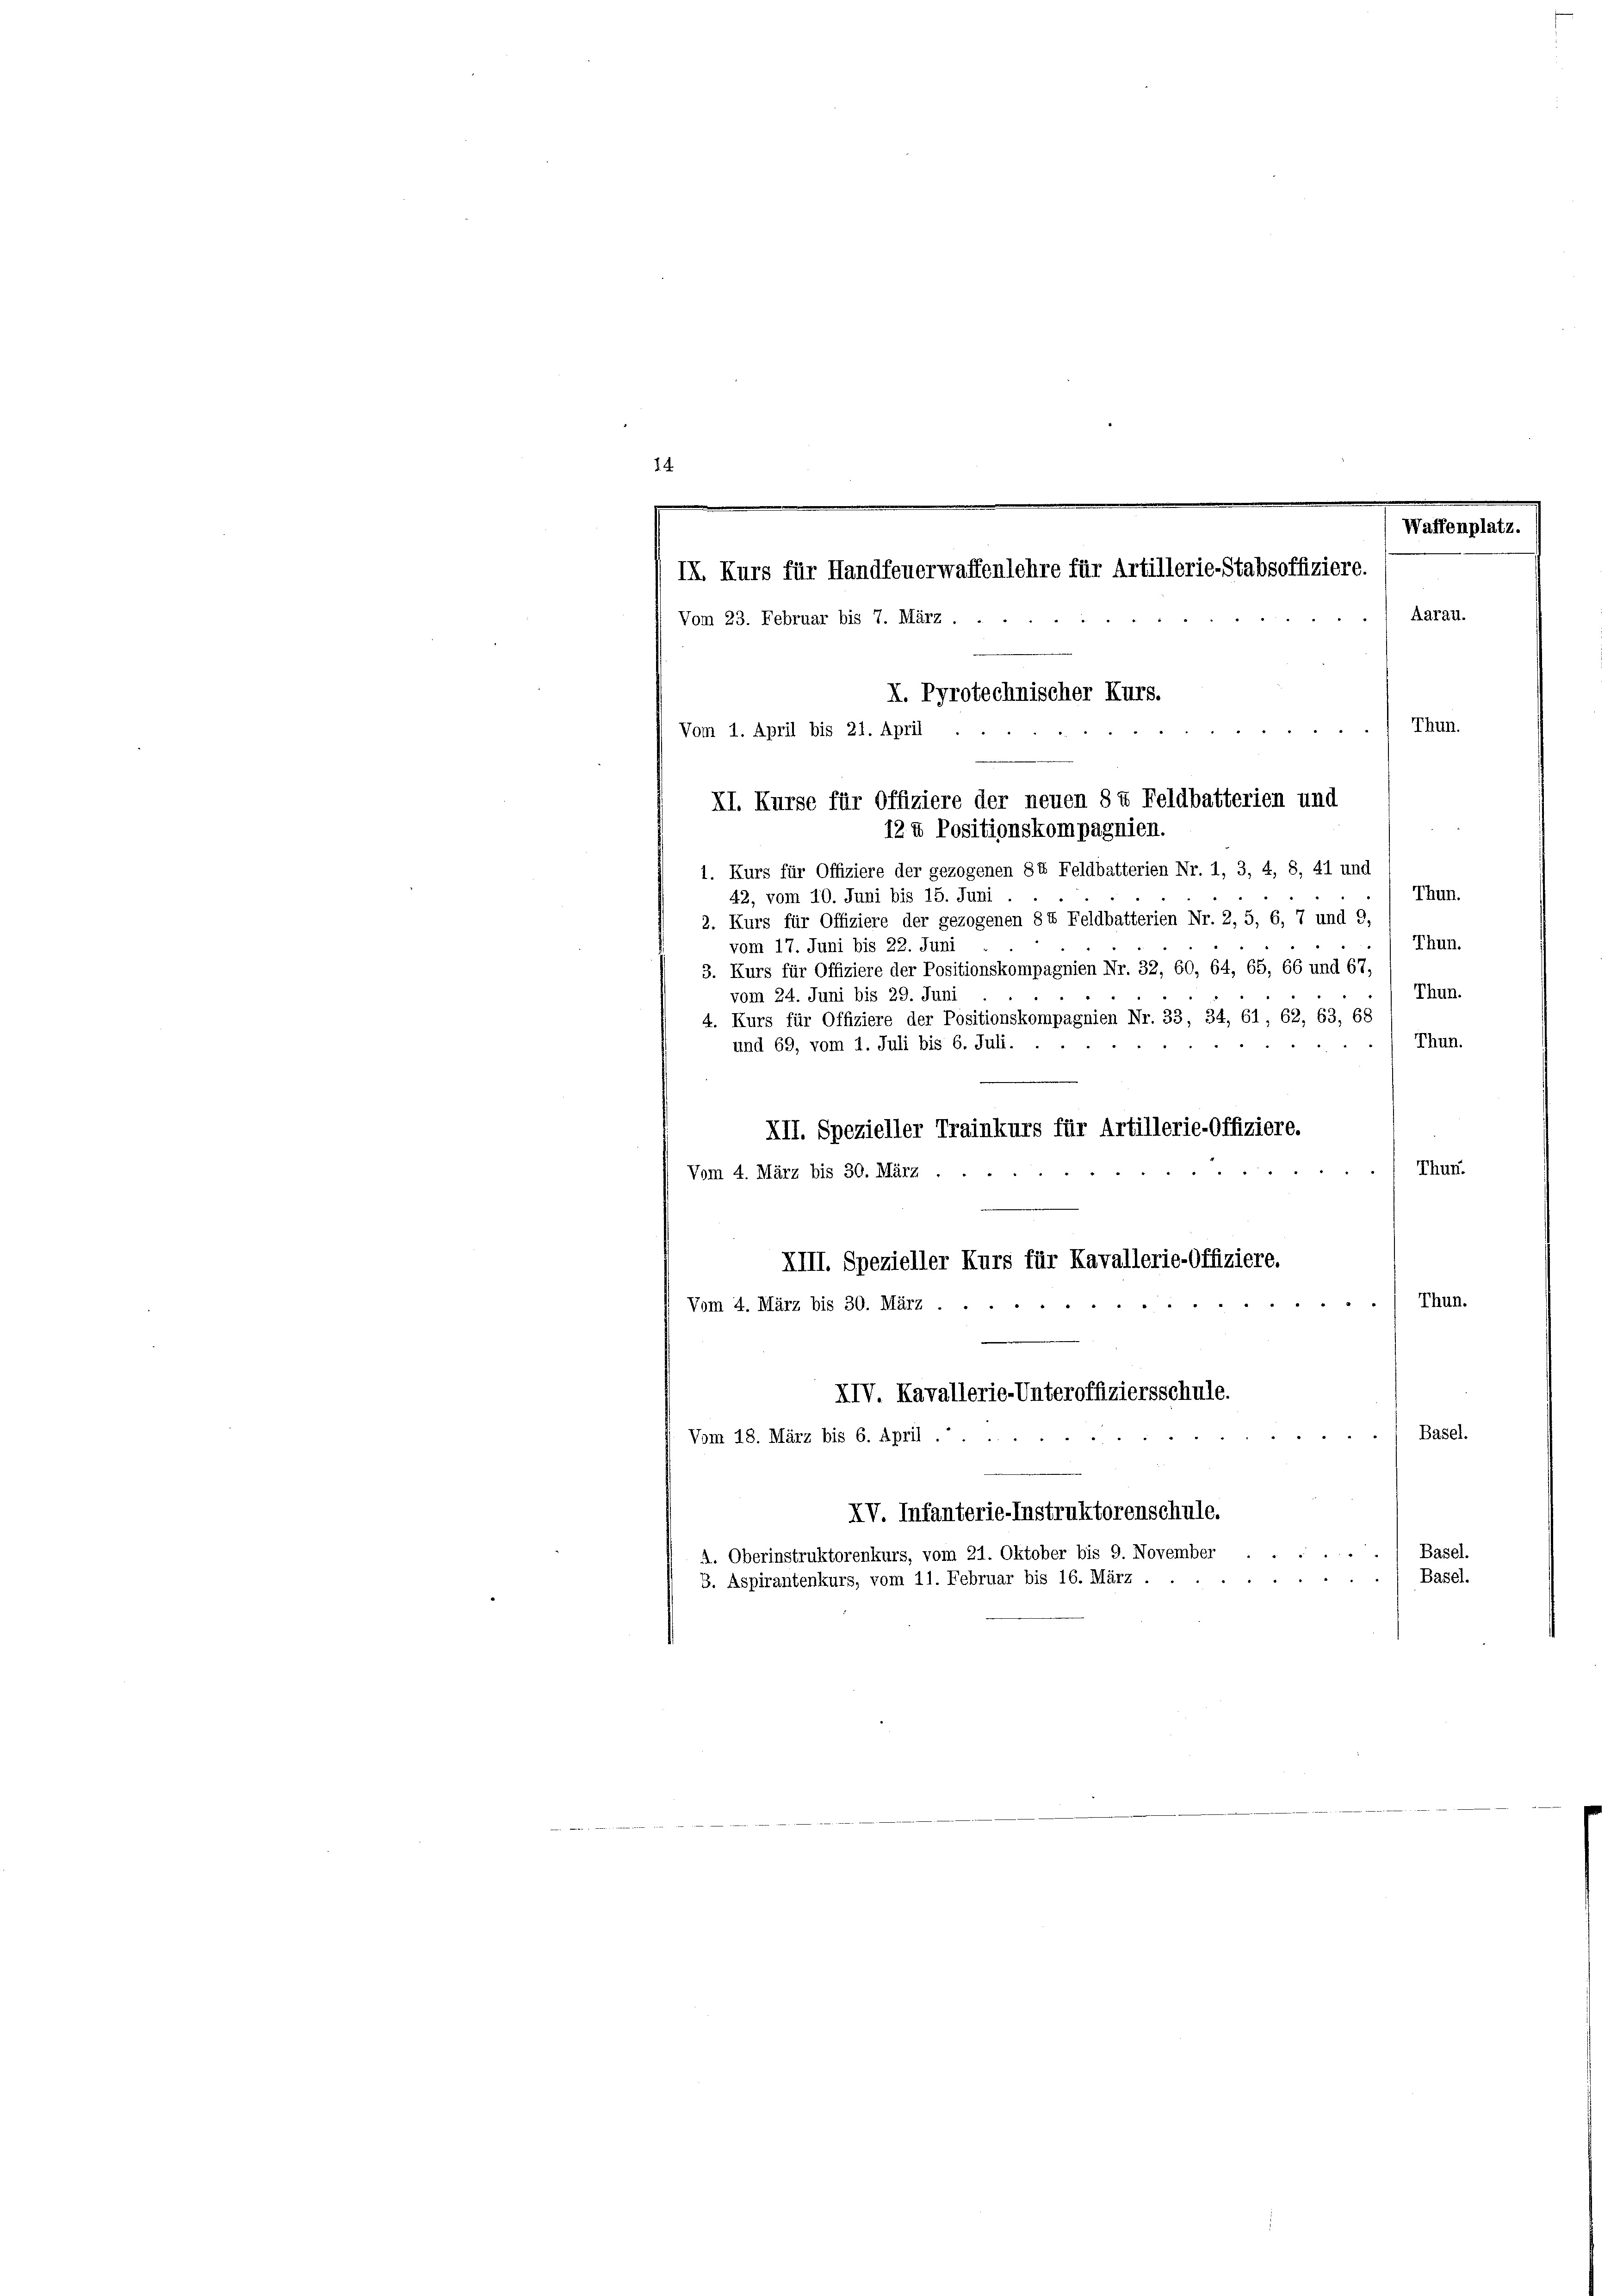
14
Waffenplatz.
IX. Kurs für Handfeuerwaffenlehre für Artillerie-Stabsoffiziere.
Aarau.
Vom 23. Februar bis 7. März .
X. Pyrotechnischer Kurs.
Thun.
Vom 1. April bis 21. April
e
XI. Kurse für Offiziere der neuen 8 t Feldbatterien und
12 u Positionskompagnien.

1. Kurs für Offiziere der gezogenen 8t Feldbatterien Nr. 1, 3, 4, 8, 41 und
Thun.
42, vom 10. Juni bis 15. Juni
2. Kurs für Offiziere der gezogenen 8 t Feldbatterien Nr. 2, 5, 6, 7 und 9,
Thun.
vom 17. Juni bis 22. Juni
3. Kurs für Offiziere der Positionskompagnien Nr. 32, 60, 64, 65, 66 und 67,
Thun.
vom 24. Juni bis 29. Juni
4. Kurs für Offiziere der Positionskompagnien Nr. 33, 34, 61, 62, 63, 68
Thun.
und 69, vom 1. Juli bis 6. Juli.
XII. Spezieller Trainkurs für Artillerie-Offiziere.
Thun.
Vom 4. März bis 30. März.
XIII. Spezieller Kurs für Kavallerie-Offiziere.
Thun.
15
Vom 4. März bis 30. März .
XIV. Kavallerie-Unteroffiziersschule.
) Basel.
Vom 18. März bis 6. April.
XV. Infanterie-Instruktorenschule.
Basel.
A. Oberinstruktorenkurs, vom 21. Oktober bis 9. November
Basel.
B. Aspirantenkurs, vom 11. Februar bis 16. März .